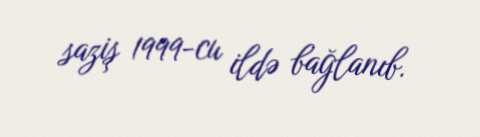
saziş 1999-cu ildə bağlanıb.